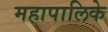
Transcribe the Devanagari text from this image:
महापालिके